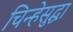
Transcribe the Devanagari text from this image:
चिन्हेसुद्धा